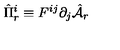
\hat { \Pi } _ { r } ^ { i } \equiv F ^ { i j } \partial _ { j } \hat { \cal A } _ { r }